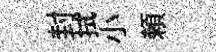
封拭小頼